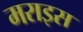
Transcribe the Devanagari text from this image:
मराइस